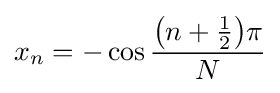
x_{n}=-\cos {\frac {{\bigl (}n+{\tfrac {1}{2}}{\bigr )}\pi }{N}}